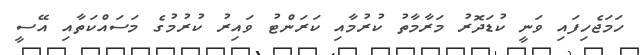
ހަަމަޖެހިފައި ވަނީ ކުޑަދޮރު މަރާމާތު ކުރުމާއި ކަރަންޓު ވައިރު ކުރުމުގެ މަސައްކަތާއި އޭސީ